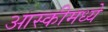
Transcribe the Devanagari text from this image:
आस्कीमध्ये